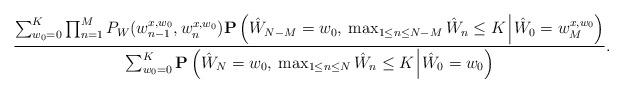
LaTeX: \begin{align*}\frac{\sum_{w_0=0}^K\prod_{n=1}^MP_W(w^{x,w_0}_{n-1},w^{x,w_0}_{n})\mathbf{P}\left(\hat{W}_{N-M}=w_0,\:\max_{1\leq n\leq {N-M}}\hat{W}_n\leq K\:\vline\:\hat{W}_{0}=w^{x,w_0}_M\right)}{\sum_{w_0=0}^K\mathbf{P}\left(\hat{W}_N=w_0,\:\max_{1\leq n\leq N}\hat{W}_n\leq K\:\vline\:\hat{W}_{0}=w_0\right)}.\end{align*}